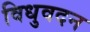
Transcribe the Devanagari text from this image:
विधुवदन